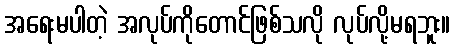
အရေးမပါတဲ့ အလုပ်ကိုတောင်ဖြစ်သလို လုပ်လို့မရဘူး။